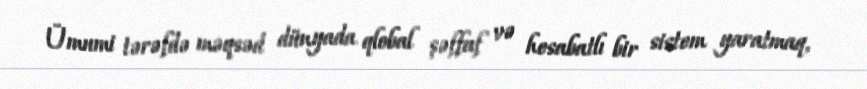
Ümumi tərəfdə məqsəd dünyada qlobal şəffaf və hesabatlı bir sistem yaratmaq,